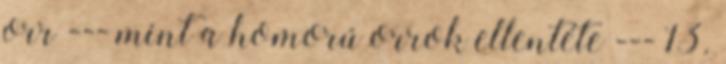
orr --- mint a homorú orrok ellentéte --- 13.